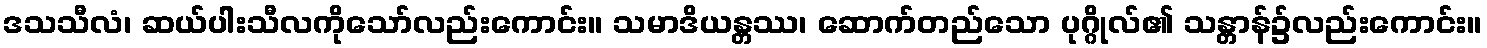
ဒသသီလံ၊ ဆယ်ပါးသီလကိုသော်လည်းကောင်း။ သမာဒိယန္တဿ၊ ဆောက်တည်သော ပုဂ္ဂိုလ်၏ သန္တာန်၌လည်းကောင်း။